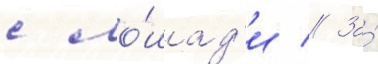
с ло́шад'и // За́